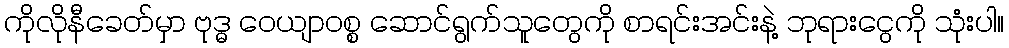
ကိုလိုနီခေတ်မှာ ဗုဒ္ဓ ဝေယျာဝစ္စ ဆောင်ရွက်သူတွေကို စာရင်းအင်းနဲ့ ဘုရားငွေကို သုံးပါ။